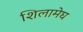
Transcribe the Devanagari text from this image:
शिलामेघ